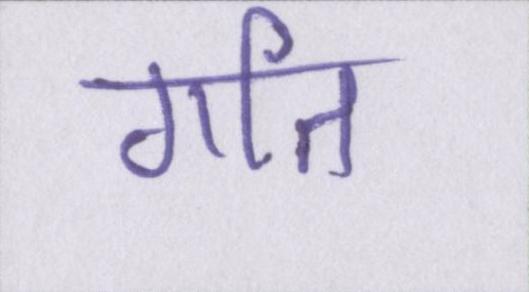
गति